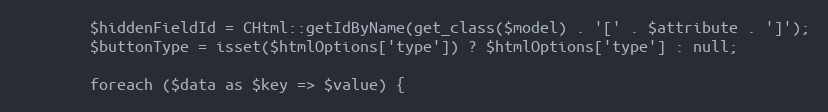
Language: PHP
		$hiddenFieldId = CHtml::getIdByName(get_class($model) . '[' . $attribute . ']');
		$buttonType = isset($htmlOptions['type']) ? $htmlOptions['type'] : null;

		foreach ($data as $key => $value) {